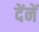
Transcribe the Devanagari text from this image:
देंनें